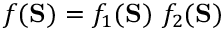
f ( \mathbf { S } ) = f _ { 1 } ( \mathbf { S } ) ~ f _ { 2 } ( \mathbf { S } )